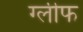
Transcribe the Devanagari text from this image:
ग्लीफ